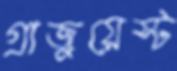
গ্রাজুয়েস্ট